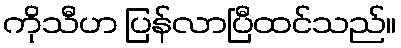
ကိုသီဟ ပြန်လာပြီထင်သည်။